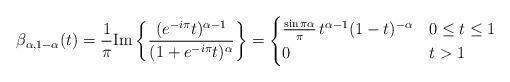
LaTeX: \begin{align*} \beta_{\alpha,1-\alpha}(t) &= \frac{1}{\pi}\mathrm{Im}\left\{\frac{(e^{-i\pi}t)^{\alpha-1}}{(1+e^{-i\pi}t)^{\alpha}}\right\} = \begin{cases} \frac{\sin\pi\alpha}{\pi}\, t^{\alpha-1}(1-t)^{-\alpha} & 0\le t \le 1 \\ 0 & t>1 \end{cases} \end{align*}